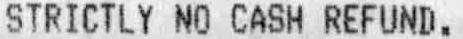
STRICTLY NO CASH REFUND.